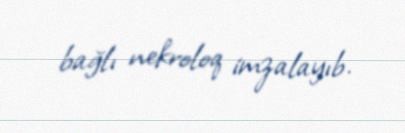
bağlı nekroloq imzalayıb.